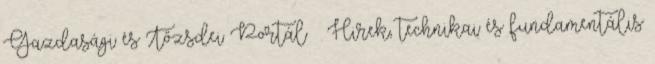
Gazdasági és Tőzsdei Portál – Hirek, technikai és fundamentális